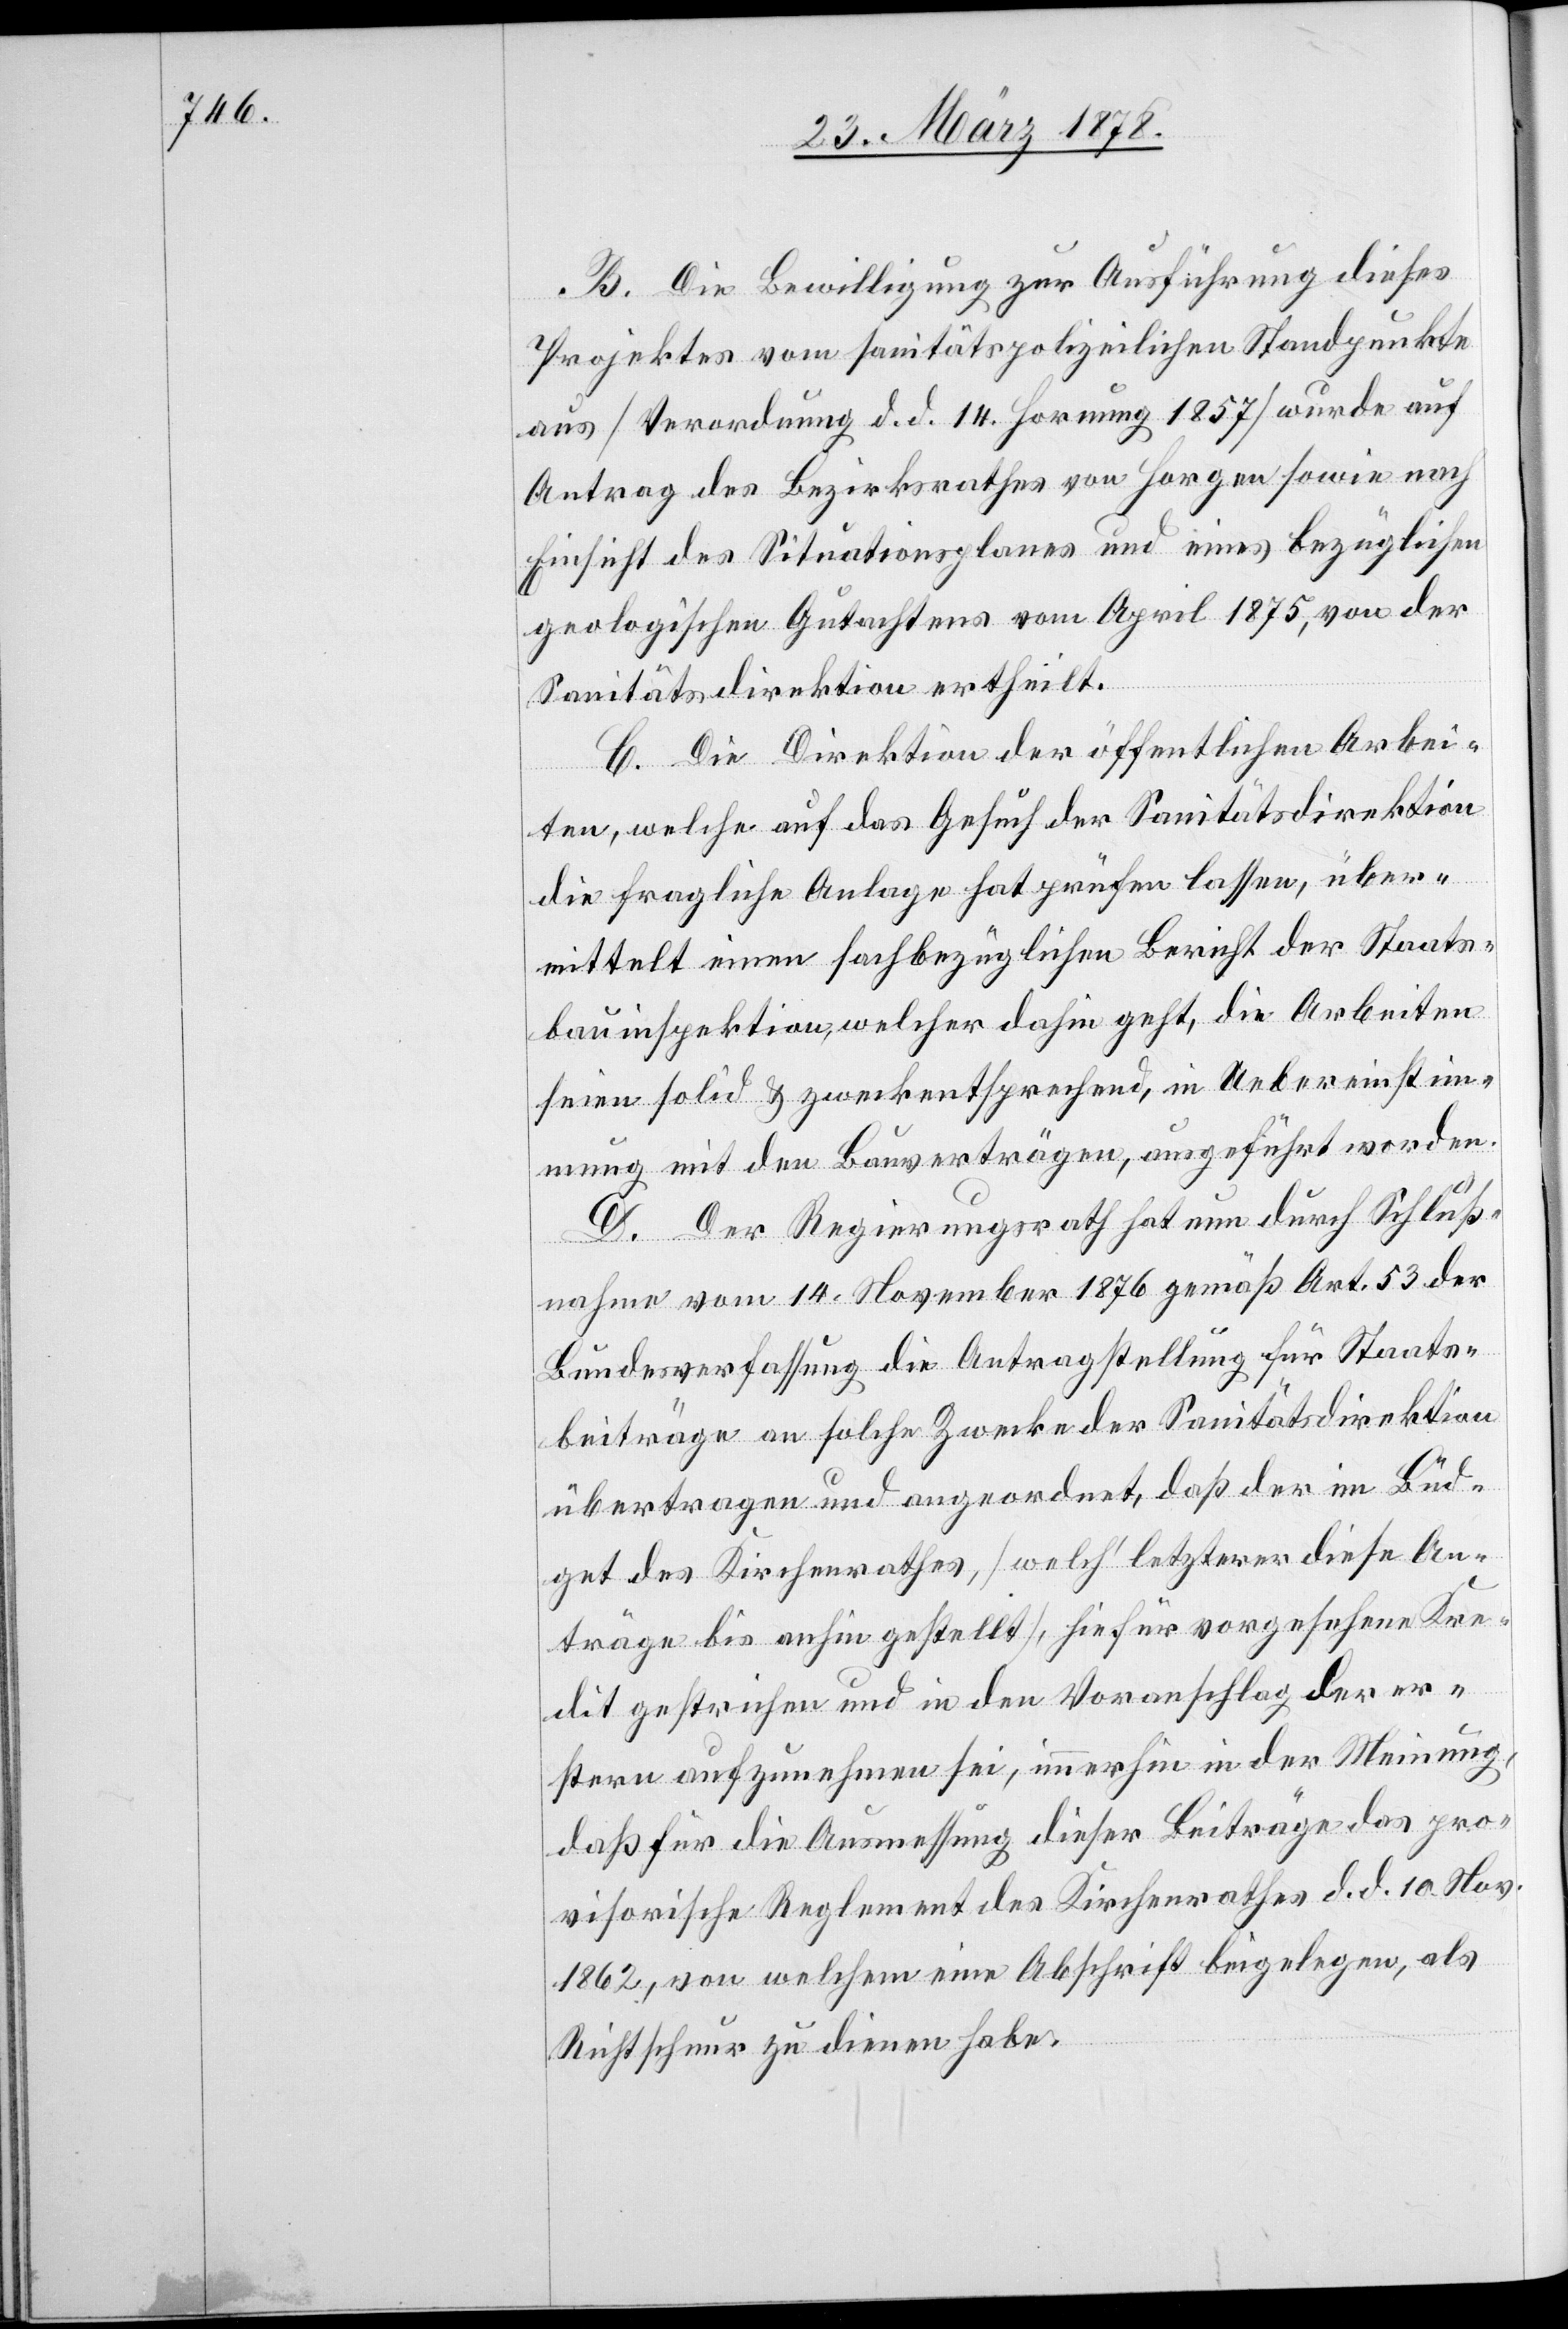
B. Die Bewilligung zur Ausführung dieses
Projektes vom sanitätspolizeilichen Standpunkte
aus (Verordnung d. d. 14. Hornung 1857) wurde auf
Antrag des Bezirksrathes von Horgen sowie nach
Einsicht des Situationsplanes und eines bezüglichen
geologischen Gutachtens vom April 1875, von der
Sanitätsdirektion ertheilt.
C. Die Direktion der öffentlichen Arbei¬
ten, welche auf das Gesuch der Sanitätsdirektion
die fragliche Anlage hat prüfen lassen, über¬
mittelt einen sachbezüglichen Bericht der Staats¬
bauinspektion, welcher dahin geht, die Arbeiten
seien solid & zweckentsprechend , in Uebereinstim¬
mung mit den Bauverträgen, ausgeführt worden.
D. Der Regierungsrath hat nun durch Schluß¬
nahme vom 14. November 1876 gemäß Art. 53 der
Bundesverfassung die Antragstellung für Staats¬
beiträge an solche Zwecke der Sanitätsdirektion
übertragen und angeordnet, daß der im Büd¬
get des Kirchenrathes, (welch’ letzterer diese An¬
träge bis anhin gestellt), hiefür vorgesehene Kre¬
dit gestrichen und in den Voranschlag der er¬
stern aufzunehmen sei, immerhin in der Meinung,
daß für die Ausmessung dieser Beiträge das pro¬
visorische Reglement des Kirchenrathes d. d. 10. Nov.
1862, von welchem eine Abschrift beigelegen, als
Richtschnur zu dienen habe.